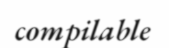
compilable